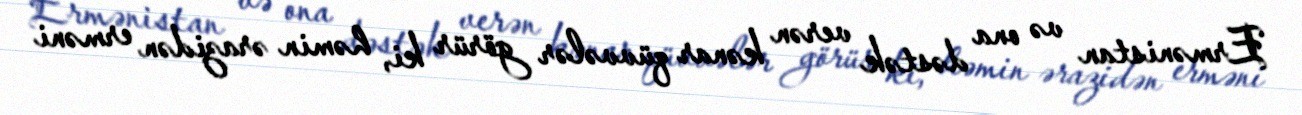
Ermənistan və ona dəstək verən kənar qüvvələr görür ki, həmin ərazidən erməni